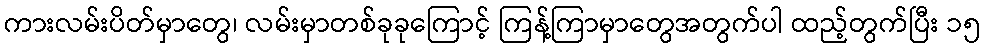
ကားလမ်းပိတ်မှာတွေ၊ လမ်းမှာတစ်ခုခုကြောင့် ကြန့်ကြာမှာတွေအတွက်ပါ ထည့်တွက်ပြီး ၁၅